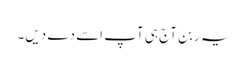
یہ ربن آج ہی آپ اسے دے دیں۔